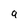
Character: 9